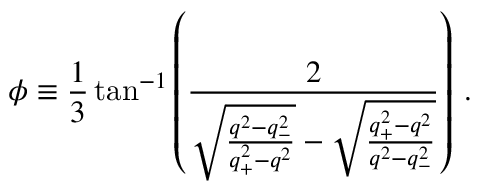
\phi \equiv \frac { 1 } { 3 } \tan ^ { - 1 } \left( \frac { 2 } { \sqrt { \frac { q ^ { 2 } - q _ { - } ^ { 2 } } { q _ { + } ^ { 2 } - q ^ { 2 } } } - \sqrt { \frac { q _ { + } ^ { 2 } - q ^ { 2 } } { q ^ { 2 } - q _ { - } ^ { 2 } } } } \right) \, .